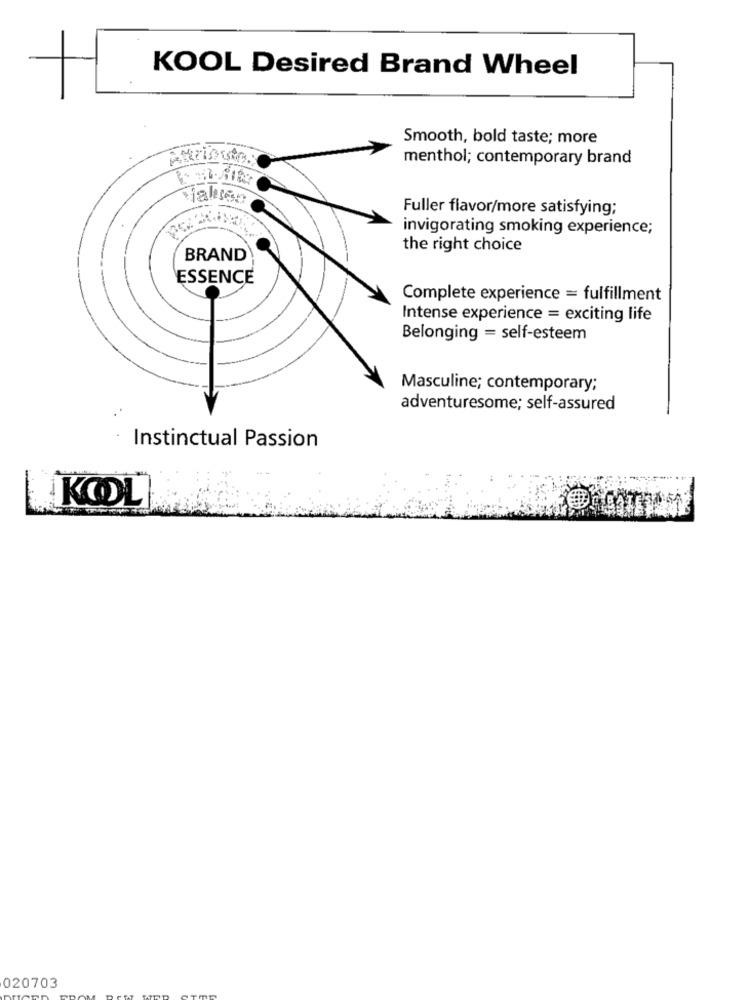
KOOL Desired Brand Wheel
Smooth, bold taste; more
Atriout:
menthol; contemporary brand
Fuller flavor/more satisfying;
invigorating smoking experience;
the right choice
BRAND
ESSENCE
Complete experience = fulfillment
Intense experience = exciting life
Belonging = self-esteem
Masculine; contemporary;
adventuresome; self-assured
Instinctual Passion
KOL
020703